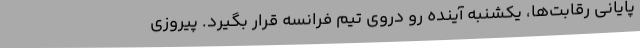
پایانی رقابت‌ها، یکشنبه آینده رو دروی تیم فرانسه قرار بگیرد. پیروزی